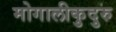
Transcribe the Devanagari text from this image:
मोगालीकुदुरु